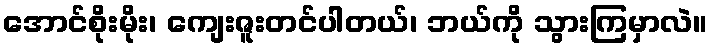
အောင်စိုးမိုး၊ ကျေးဇူးတင်ပါတယ်၊ ဘယ်ကို သွားကြမှာလဲ။